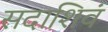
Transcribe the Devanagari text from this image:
सदाशिवं